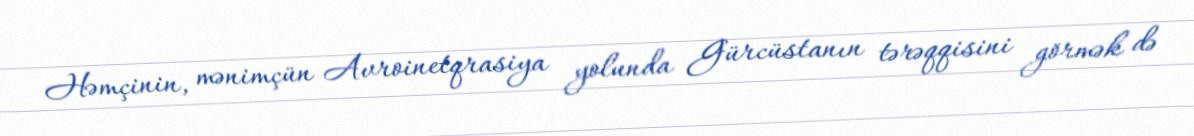
Həmçinin, mənimçün Avroinetqrasiya yolunda Gürcüstanın tərəqqisini görmək də